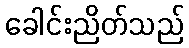
ခေါင်းညိတ်သည်